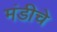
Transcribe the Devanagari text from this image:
मंडीचे